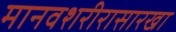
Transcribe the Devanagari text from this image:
मानवशरीरासारखा